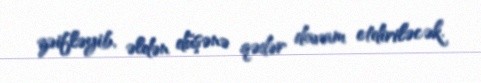
zəifləyib, əldən düşənə qədər davam etdiriləcək.